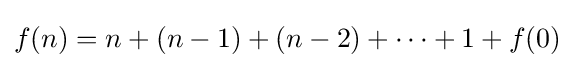
f(n)=n+(n-1)+(n-2)+\cdots +1+f(0)